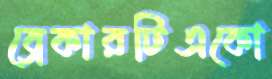
ব্রেকারটিএকো